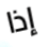
إذا